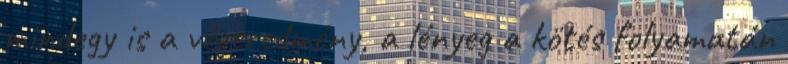
mindegy is a végeredmény, a lényeg a kötés folyamatán